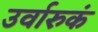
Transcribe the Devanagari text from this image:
उर्वारुकं